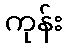
ကုန်း